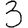
Digit: 3